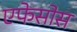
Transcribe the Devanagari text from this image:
एफेसोस